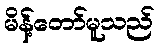
မိန့်တော်မူသည်